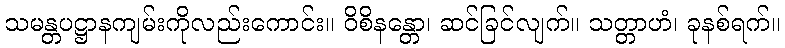
သမန္တပဋ္ဌာနကျမ်းကိုလည်းကောင်း။ ဝိစိနန္တော၊ ဆင်ခြင်လျက်။ သတ္တာဟံ၊ ခုနစ်ရက်။